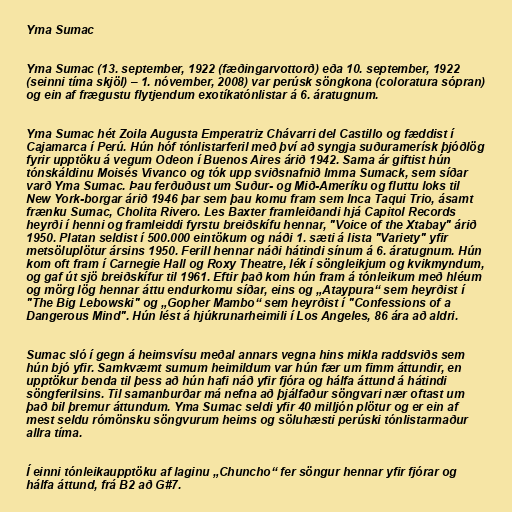
Yma Sumac

Yma Sumac (13. september, 1922 (fæðingarvottorð) eða 10. september, 1922
(seinni tíma skjöl) – 1. nóvember, 2008) var perúsk söngkona (coloratura sópran)
og ein af frægustu flytjendum exotíkatónlistar á 6. áratugnum.

Yma Sumac hét Zoila Augusta Emperatriz Chávarri del Castillo og fæddist í
Cajamarca í Perú. Hún hóf tónlistarferil með því að syngja suðuramerísk þjóðlög
fyrir upptöku á vegum Odeon í Buenos Aires árið 1942. Sama ár giftist hún
tónskáldinu Moisés Vivanco og tók upp sviðsnafnið Imma Sumack, sem síðar
varð Yma Sumac. Þau ferðuðust um Suður- og Mið-Ameríku og fluttu loks til
New York-borgar árið 1946 þar sem þau komu fram sem Inca Taqui Trio, ásamt
frænku Sumac, Cholita Rivero. Les Baxter framleiðandi hjá Capitol Records
heyrði í henni og framleiddi fyrstu breiðskífu hennar, "Voice of the Xtabay" árið
1950. Platan seldist í 500.000 eintökum og náði 1. sæti á lista "Variety" yfir
metsöluplötur ársins 1950. Ferill hennar náði hátindi sínum á 6. áratugnum. Hún
kom oft fram í Carnegie Hall og Roxy Theatre, lék í söngleikjum og kvikmyndum,
og gaf út sjö breiðskífur til 1961. Eftir það kom hún fram á tónleikum með hléum
og mörg lög hennar áttu endurkomu síðar, eins og „Ataypura“ sem heyrðist í
"The Big Lebowski" og „Gopher Mambo“ sem heyrðist í "Confessions of a
Dangerous Mind". Hún lést á hjúkrunarheimili í Los Angeles, 86 ára að aldri.

Sumac sló í gegn á heimsvísu meðal annars vegna hins mikla raddsviðs sem
hún bjó yfir. Samkvæmt sumum heimildum var hún fær um fimm áttundir, en
upptökur benda til þess að hún hafi náð yfir fjóra og hálfa áttund á hátindi
söngferilsins. Til samanburðar má nefna að þjálfaður söngvari nær oftast um
það bil þremur áttundum. Yma Sumac seldi yfir 40 milljón plötur og er ein af
mest seldu rómönsku söngvurum heims og söluhæsti perúski tónlistarmaður
allra tíma.

Í einni tónleikaupptöku af laginu „Chuncho“ fer söngur hennar yfir fjórar og
hálfa áttund, frá B2 að G#7.